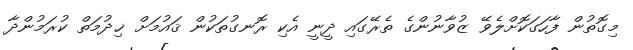
މިގޮތުން ފާހަގަކޮށްލެވޭ ޒުވާނުންގެ ތެރޭގައި ދީނީ އެކި ރޮނގުތަކުން ޤައުމަށް ޚިދުމަތް ކުރަމުންދާ